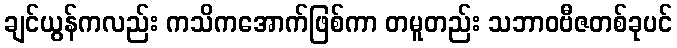
ချင်ယွန်ကလည်း ကသိကအောက်ဖြစ်ကာ တမူတည်း သဘာဝဗီဇတစ်ခုပင်